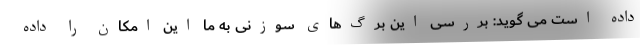
داده است می گوید: بررسی این برگ‌های سوزنی به ما این امکان را داده